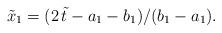
LaTeX: \begin{align*}\tilde x_1 = (2\,\tilde t - a_1 - b_1)/(b_1 - a_1).\\\end{align*}